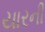
યારની